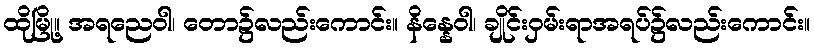
ထိုမြို့။ အရညေဝါ၊ တော၌လည်းကောင်း။ နိန္နေဝါ၊ ချိုင်းဝှမ်းရာအရပ်၌လည်းကောင်း။